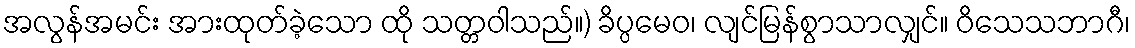
အလွန်အမင်း အားထုတ်ခဲ့သော ထို သတ္တဝါသည်။) ခိပ္ပမေဝ၊ လျင်မြန်စွာသာလျှင်။ ဝိသေသဘာဂီ၊